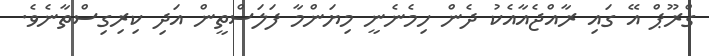
ގްރޫޕް އޭ ގައި ރާއްޖެއާއެކު ދެން ހިމެނެނީ މިޔަންމާ ފަލަސްތީން އަދި ކިރިގިސްތާނެވެ.